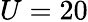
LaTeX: U=20